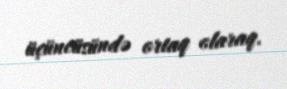
üçüncüsündə ortaq olaraq.